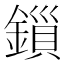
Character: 鎻